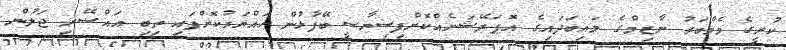
ކުރީގެ މެމްބަރު ނާޒިމްގެ މައިބަދައިގެ އޮޕަރޭޝަނެއްކޮށްފިސިޔާސީ ބޭފުޅުން ހައްޔަރުކޮށްފައި ތިބި އައްސޭރި ޖަލުން